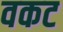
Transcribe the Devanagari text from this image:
वकट